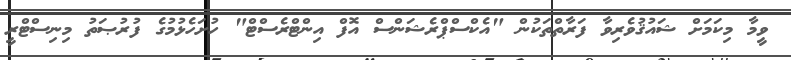
ވީމާ މިކަމަށް ޝައުޤުވެރިވާ ފަރާތްތަކުން "އެކްސްޕްރެޝަންސް އޮފް އިންޓްރެސްޓް" ހުށަހެޅުމުގެ ފުރުޞަތު މިނިސްޓްރީ